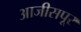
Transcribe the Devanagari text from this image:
आजीसपूर